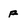
Character: F